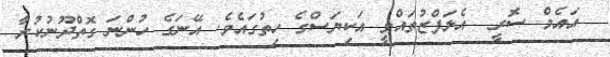
އައެމް ސޮރީ  އެލަފްޒުތައްވީ އަކިޔަސްގެ ހިތުގައެވެ. އޭނަގެ ހުންނަ ގޮތްދޫނުކުރާ